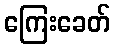
ကြေးခေတ်